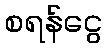
စရန်ငွေ